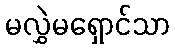
မလွှဲမရှောင်သာ